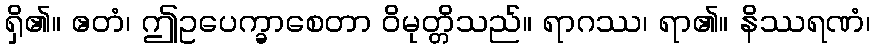
ရှိ၏။ ဧတံ၊ ဤဥပေက္ခာစေတာ ဝိမုတ္တိသည်။ ရာဂဿ၊ ရာ၏။ နိဿရဏံ၊